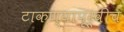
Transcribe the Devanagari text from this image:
टाकण्यापूर्वीच